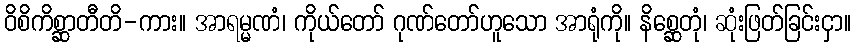
ဝိစိကိစ္ဆာတီတိ-ကား။ အာရမ္မဏံ၊ ကိုယ်တော် ဂုဏ်တော်ဟူသော အာရုံကို။ နိစ္ဆေတုံ၊ ဆုံးဖြတ်ခြင်းငှာ။